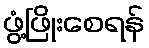
ဖွံ့ဖြိုးစေရန်